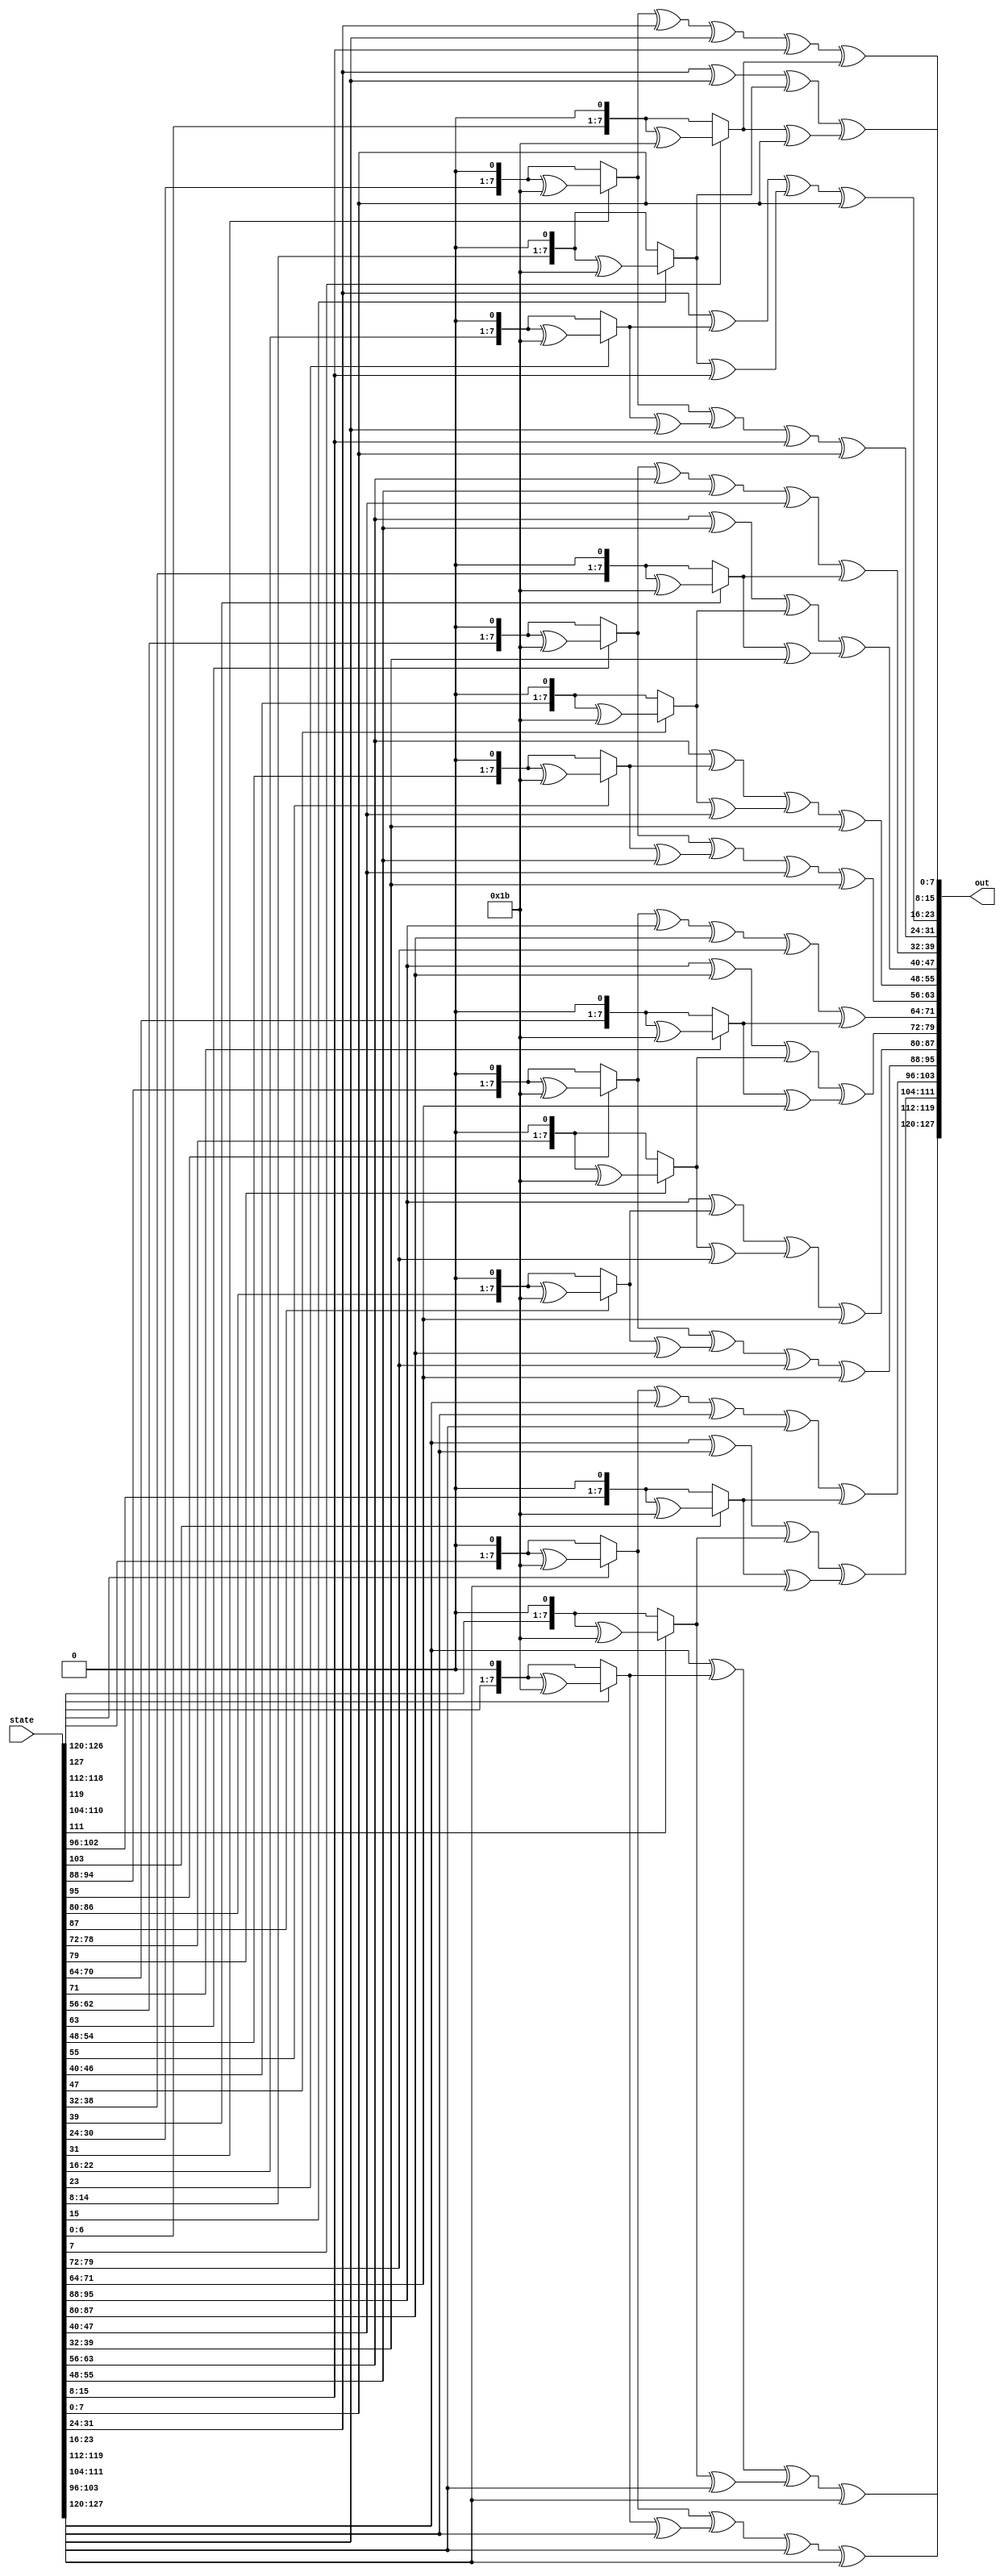

module MixColumn (state,out);
input [0:127]state;
output [0:127]out;
assign out [0:7]=m2(state[0:7])^m3(state[8:15])^(state[16:23])^(state[24:31]);
assign out [8:15]=(state[0:7])^m2(state[8:15])^m3(state[16:23])^(state[24:31]);
assign out [16:23]=(state[0:7])^(state[8:15])^m2(state[16:23])^m3(state[24:31]);
assign out [24:31]=m3(state[0:7])^(state[8:15])^(state[16:23])^m2(state[24:31]);

assign out [32:39]=m2(state[32:39])^m3(state[40:47])^(state[48:55])^(state[56:63]);
assign out [40:47]=(state[32:39])^m2(state[40:47])^m3(state[48:55])^(state[56:63]);
assign out [48:55]=(state[32:39])^(state[40:47])^m2(state[48:55])^m3(state[56:63]);
assign out [56:63]=m3(state[32:39])^(state[40:47])^(state[48:55])^m2(state[56:63]);

assign out [64:71]=m2(state[64:71])^m3(state[72:79])^(state[80:87])^(state[88:95]);
assign out [72:79]=(state[64:71])^m2(state[72:79])^m3(state[80:87])^(state[88:95]);
assign out [80:87]=(state[64:71])^(state[72:79])^m2(state[80:87])^m3(state[88:95]);
assign out [88:95]=m3(state[64:71])^(state[72:79])^(state[80:87])^m2(state[88:95]);

assign out [96:103]=m2(state[96:103])^m3(state[104:111])^(state[112:119])^(state[120:127]);
assign out [104:111]=(state[96:103])^m2(state[104:111])^m3(state[112:119])^(state[120:127]);
assign out [112:119]=(state[96:103])^(state[104:111])^m2(state[112:119])^m3(state[120:127]);
assign out [120:127]=m3(state[96:103])^(state[104:111])^(state[112:119])^m2(state[120:127]);

function [0:7]m2;
input [0:7]m;
m2=(m[0]==1'b0)?(m << 1):
(m << 1)^8'h1b;
endfunction
function [0:7]m3;
input [0:7]m;
m3=m2(m)^m;
endfunction
endmodule